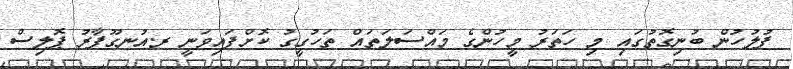
ފުލުހުން ބުނިގޮތުގައި މި ހަތަރު މީހުންގެ މައްސަލަތައް ތަހުގީގު ކޮށްފައިވަނީ ރ.އުނގޫފާރު ޕޮލިސް